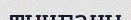
тынғаны